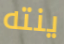
ينته